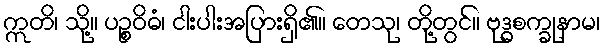
ဣတိ၊ သို့။ ပဉ္စဝိဓံ၊ ငါးပါးအပြားရှိ၏။ တေသု၊ တို့တွင်။ ဗုဒ္ဓစက္ခုနာမ၊